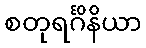
စတုရင်္ဂိနိယာ